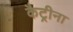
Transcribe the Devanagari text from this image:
कैट्रीना